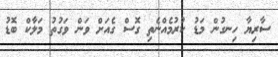
ސާރިޔާ ހިނގުން މަޑު ކުރުމެއްނެތި ގޮސް ގެއަށް ވަން ވަގުތު މަލާކް ބޮޑު